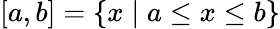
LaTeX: [a,b]=\{ x\mid a\leq x\leq b\}